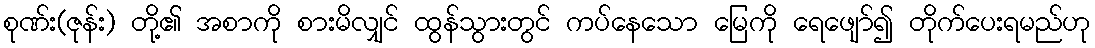
စုဏ်း(ဇုန်း) တို့၏ အစာကို စားမိလျှင် ထွန်သွားတွင် ကပ်နေသော မြေကို ရေဖျော်၍ တိုက်ပေးရမည်ဟု